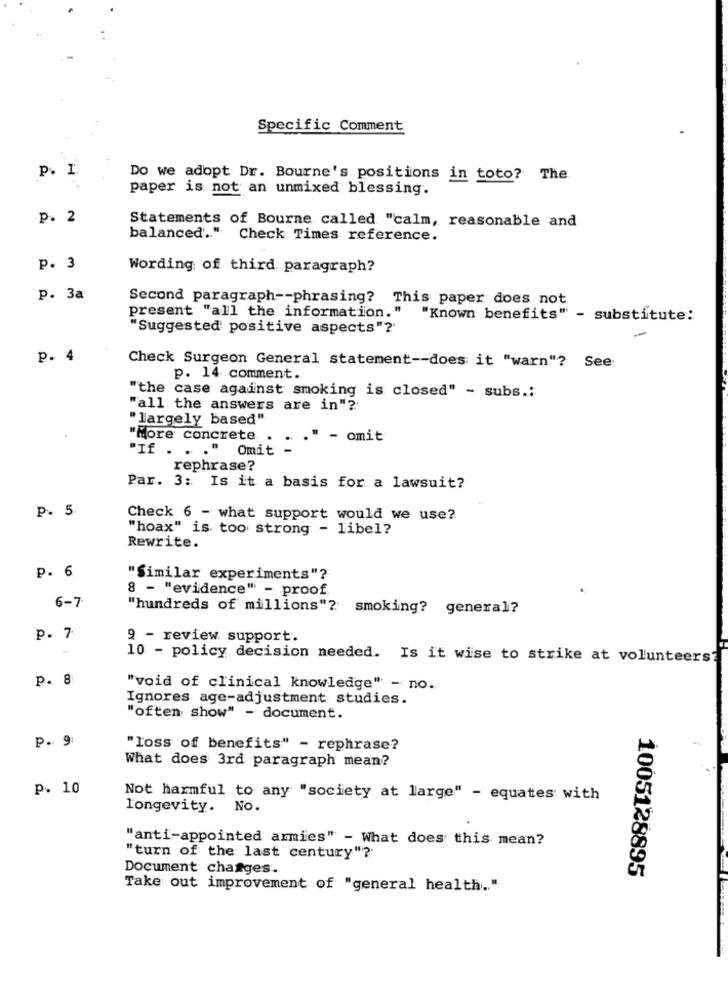
Specific Comment
P. I
Do we adopt Dr. Bourne's positions in toto? The
paper is not an unmixed blessing.
p. 2
Statements of Bourne called "calm, reasonable and
balanced'." Check Times reference.
p. 3
Wording of third paragraph?
p. 3a
Second paragraph -- phrasing? This paper does not
present "all the information. "
"Known benefits" - substitute:
"Suggested' positive aspects"?'
p. 4
Check Surgeon General statement -- does it "warn"? See
p. 14 comment.
"the case against smoking is closed" - subs .:
"all the answers are in"?
"largely based"
"More concrete
- omit
Omit
"If .
rephrase?
Par. 3: Is it a basis for a lawsuit?
p. 5
Check 6 - what support would we use?
"hoax" is too strong - libel?
Rewrite.
P. 6
"Similar experiments"?
8 - "evidence" - proof.
6-7
"hundreds of millions"? smoking? general?
p. 7
9 - review support.
10 - policy decision needed. Is it wise to strike at volunteers?
p. 8
"void of clinical knowledge" - no.
Ignores age-adjustment studies.
"often show" - document.
p. 9
"loss of benefits" - rephrase?
What does 3rd paragraph mean?
P. 10
Not harmful to any "society at large" - equates with
longevity. No.
"anti-appointed armies" - What does this mean?
"turn of the last century"?
Document changes.
1005128895
Take out improvement of "general health .. "